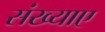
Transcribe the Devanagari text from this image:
संख्याए